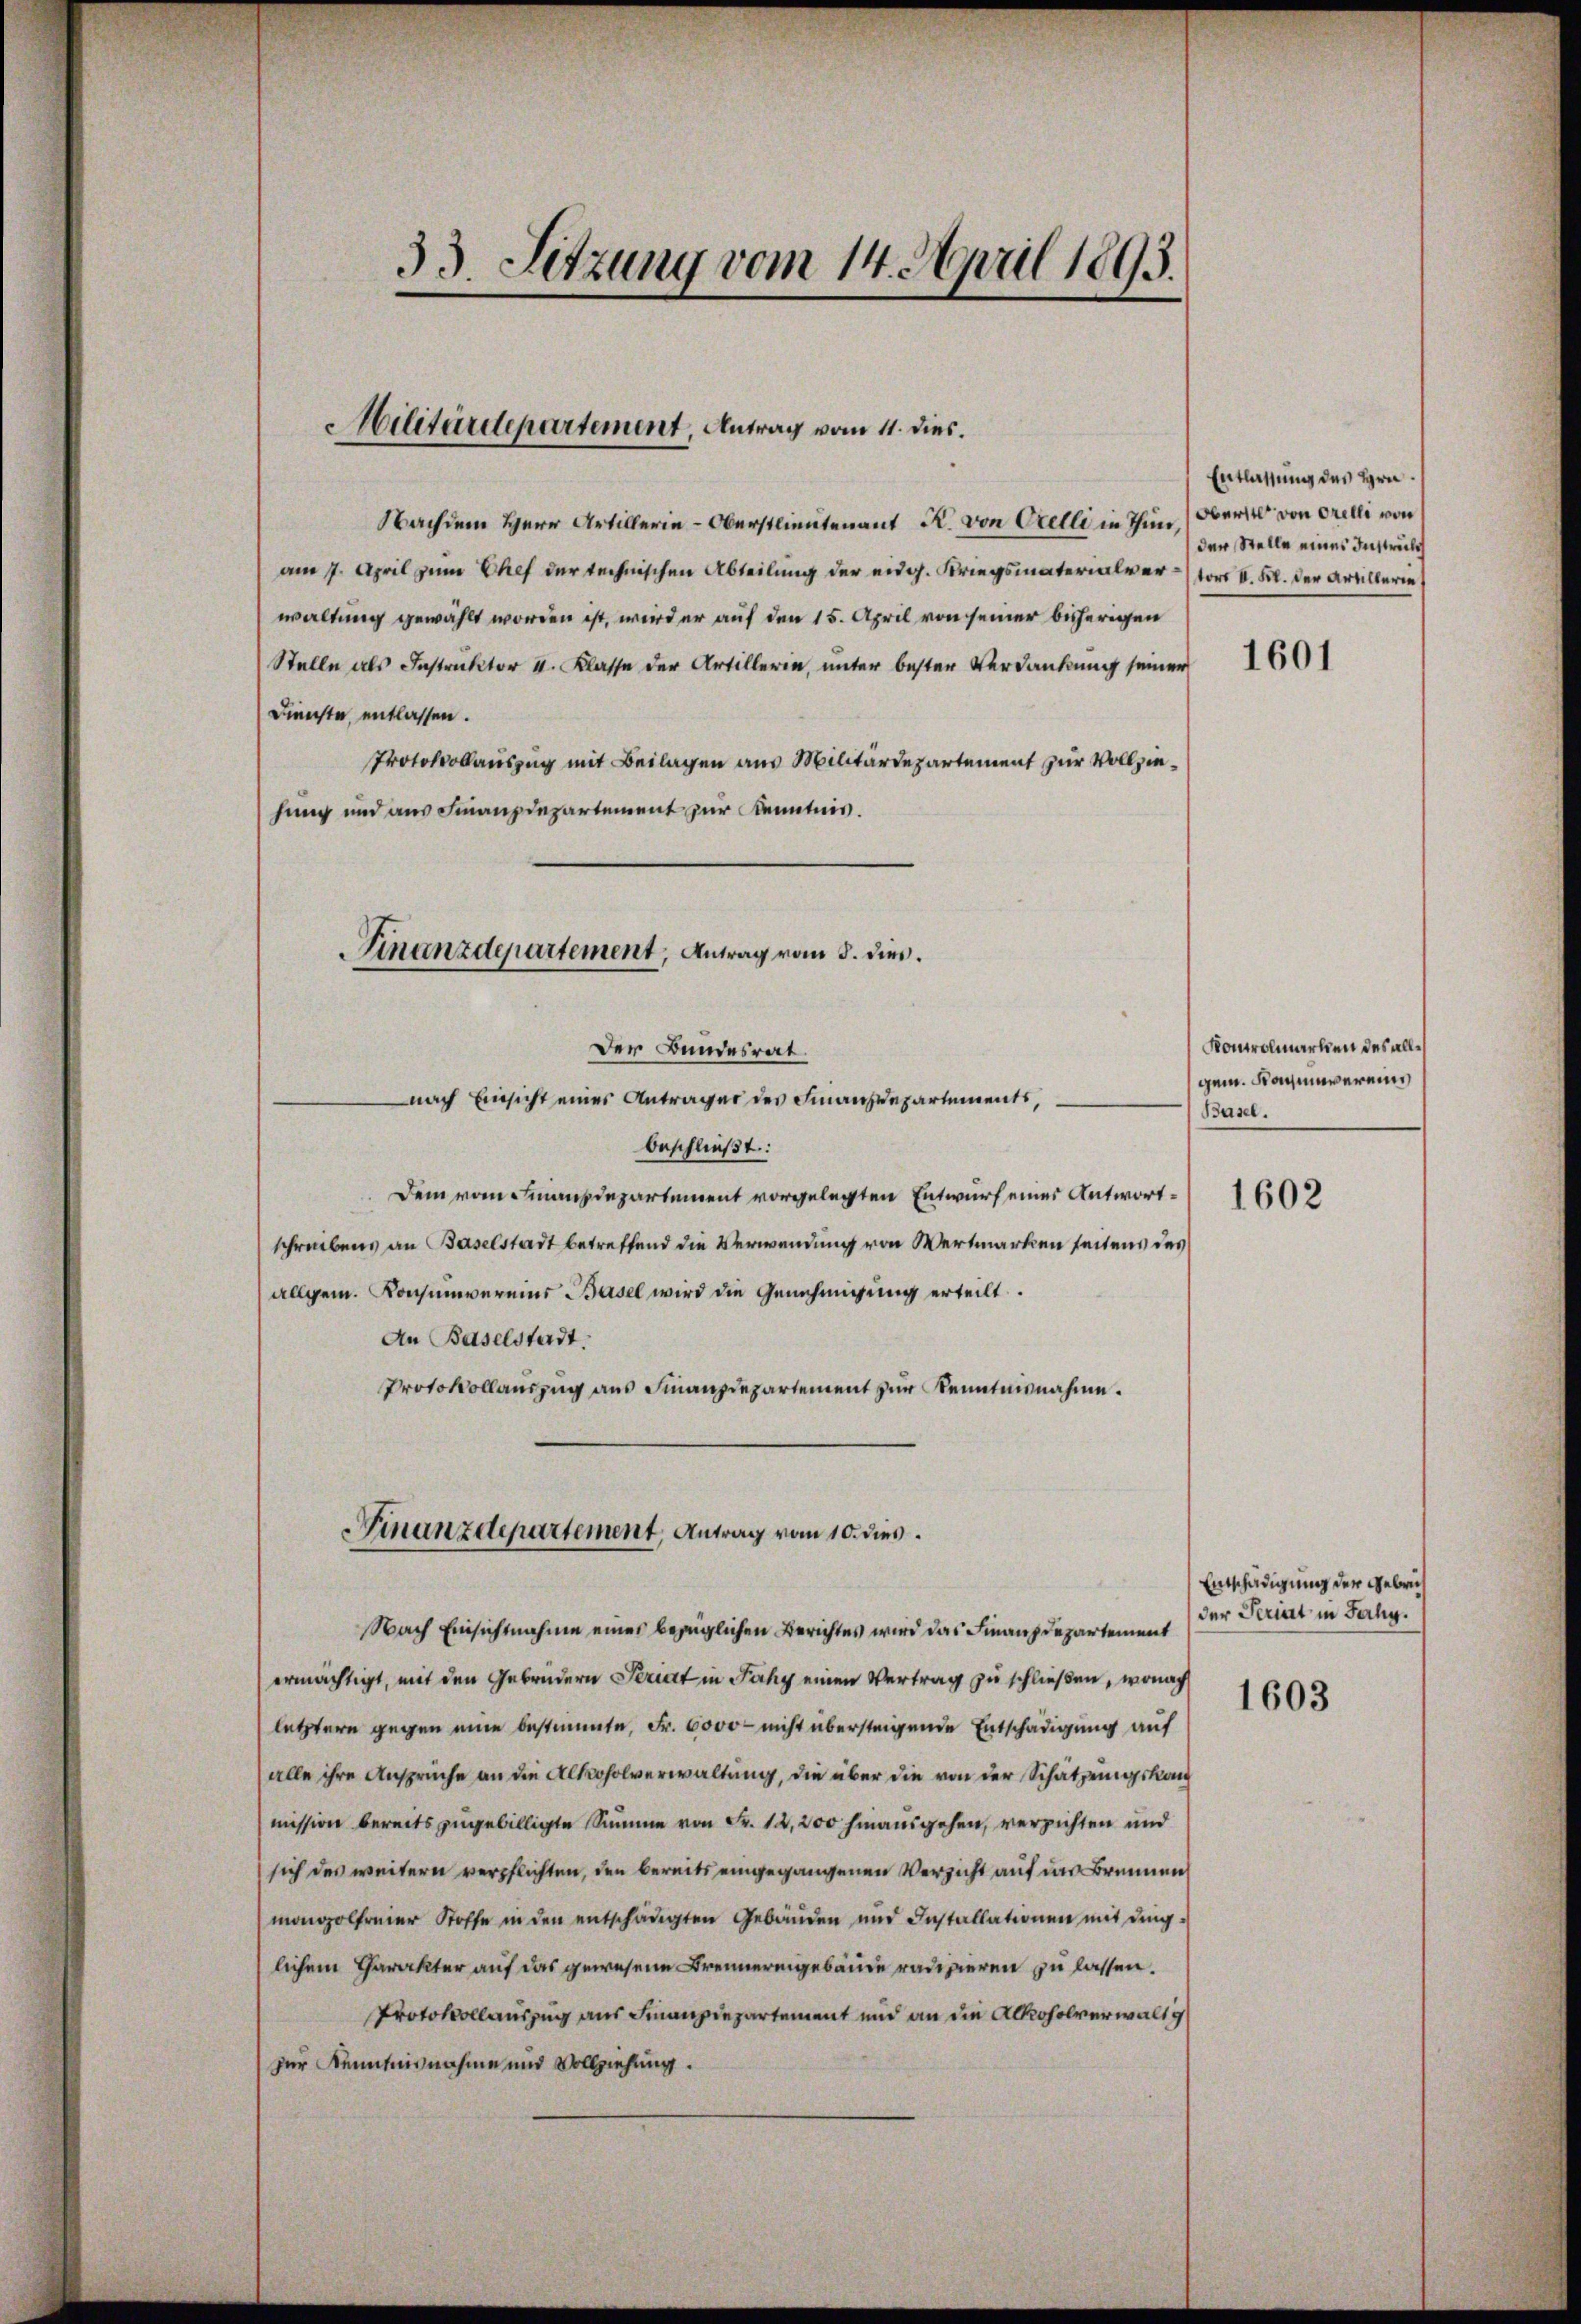
33. Sitzung vom 14. April 1893.

Nachdem Herr Artillerie-Oberstlieutenant R. von Orelli in Thun) Oberst von Orelli von
am 7. April zum Chef der technischen Abteilung der eidg. Kriegsmaterialver (vor I. Kl. der Artillerie
waltung gewählt worden ist, wird er auf den 15. April von seiner beherigen
Stelle als Instruktor v. Klasse der Artillerin, unter bester Verdankung seiner
Dienste, entlassen.
Protokollauszug mit Beilagen aus Militärdepartement zur Vollziehung und aus Finanzdepartement zur Kenntnis.

Militärdepartement, Antrag vom 11. dies.

Finanzdepartement, Antrag vom 8. dieß.
Der Bundesrat.

nach Einsicht eines Antrages des Finanzdepartements,
beschließt:
Dem vom Finanzdepartement vorgelegten Entwurf eines Antwortschreibens an Baselstadt betreffend die Verwendung von Wertmarken seitens des
allgem. Konsumvereins Basel wird die Genehmigung erteilt.
An Baselstadt.
Protokollauszug aus Finanzdepartement zur Kenntnisnahme.
ermächtigt, mit den Gebrüdern Seriat in Faky einen Vertrag zu schließen, wonach
letztere gegen eine bestimmte, Fr. 6000 - nicht übersteigende Entschädigung auf
alle ihre Ansprüche an die Alkoholverwaltung, die über die von der Schätzungskan
mission bereits zugebilligte Summe von Fr. 12,200 hinausgehen, verzichten und
sich des weitern verpflichten, den bereits eingegangenen Verzicht auf das Brunnen
mongolfreier Stoffe in den entschädigten Gebäuden und Installationen mit ding-
lichem Charakter auf das gewesene Brennereigebäude radizieren zu lassen.
Protokollauszug aus Finanzdepartement und an die Alkoholverwalt g
zur Kenntnisnahme und Vollziehung.

Finanzdepartement, Antrag vom 10. dies
Nach Einsichtnahme eines bezüglichen Berichtes wird das Finanzdepartement

Entlassung des Hrn.
der Stelle eines Instrulch

1601

Kontrolmarkten des allgem. Kagmaverein
Basel.
1602

Entschädigung der Gebrich
der Seriat in Ferhy.

1603